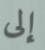
إلى